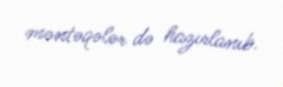
məntəqələr də hazırlanıb.